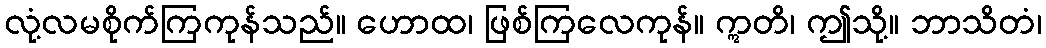
လုံ့လမစိုက်ကြကုန်သည်။ ဟောထ၊ ဖြစ်ကြလေကုန်။ ဣတိ၊ ဤသို့။ ဘာသိတံ၊